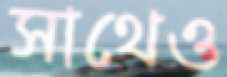
সাথেও